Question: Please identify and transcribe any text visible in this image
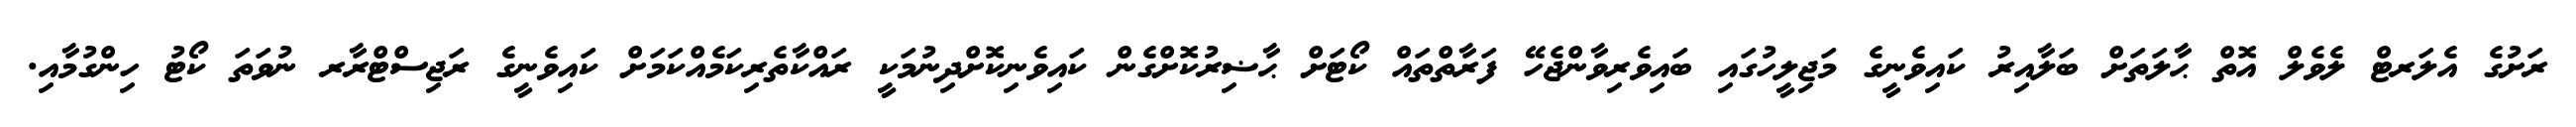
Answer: ރަށުގެ އެލަރޓް ލެވެލް އޮތް ޙާލަތަށް ބަލާއިރު ކައިވެނީގެ މަޖިލީހުގައި ބައިވެރިވާންޖެހޭ ފަރާތްތައް ކޯޓަށް ޙާޟިރުކޮށްގެން ކައިވެނިކޮށްދިނުމަކީ ރައްކާތެރިކަމެއްކަމަށް ކައިވެނީގެ ރަޖިސްޓްރާރ ނުވަތަ ކޯޓު ހިންގުމާއި.